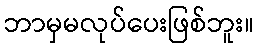
ဘာမှမလုပ်ပေးဖြစ်ဘူး။